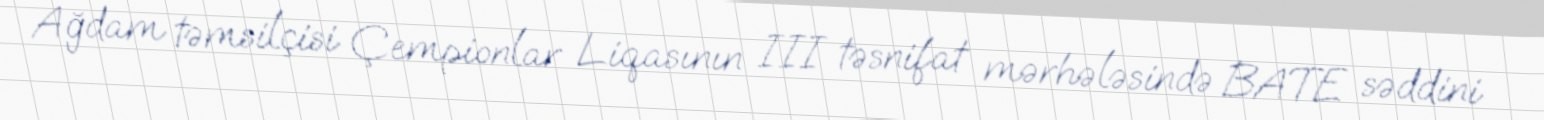
Ağdam təmsilçisi Çempionlar Liqasının III təsnifat mərhələsində BATE səddini